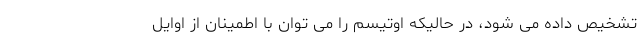
تشخیص داده می شود، در حالیکه اوتیسم را می توان با اطمینان از اوایل